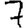
Digit: 7